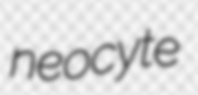
neocyte